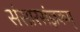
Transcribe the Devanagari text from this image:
संसारसंज्ञकम्